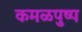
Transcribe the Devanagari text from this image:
कमळपुष्प